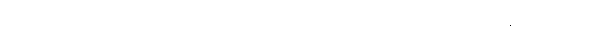
ပြင်သစ်တို့၏ ရက်ထရို ဗိုင်းရပ်စ်ပိုးသည် အေအိုင်ဒီအက်စ် ရောဂါ ဖြစ်စ ပြုနေသည့် လူနာ